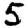
Digit: 5